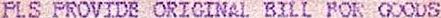
PLS PROVIDE ORIGINAL BILL FOR GOODS